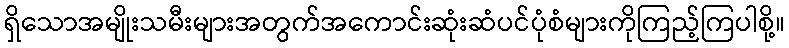
ရှိသောအမျိုးသမီးများအတွက်အကောင်းဆုံးဆံပင်ပုံစံများကိုကြည့်ကြပါစို့။